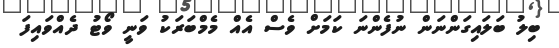
ބިލު ބަލައިގަންނަން ނުފެންނަ ކަމަށް ވެސް އެއް މެމްބަރަކު ވަނީ ވޯޓު ދެއްވައިފަ